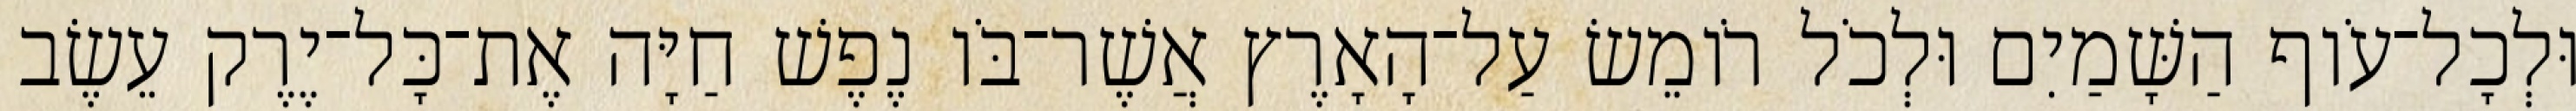
וּלְכָל־עֹוף הַשָּׁמַיִם וּלְכֹל רֹומֵשׂ עַל־הָאָרֶץ אֲשֶׁר־בֹּו נֶפֶשׁ חַיָּה אֶת־כָּל־יֶרֶק עֵשֶׂב